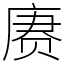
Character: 赓